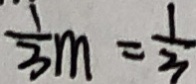
\frac { 1 } { 3 } m = \frac { 1 } { 3 }